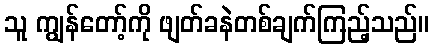
သူ ကျွန်တော့်ကို ဖျတ်ခနဲတစ်ချက်ကြည့်သည်။